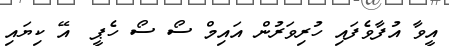
އީވާ އުފާވެފައި ހުރިވަރުން އައިމް ސޯ ސޯ ހެޕީ  އޭ ކިޔައި